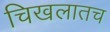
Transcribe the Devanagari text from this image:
चिखलातच